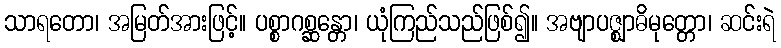
သာရတော၊ အမြတ်အားဖြင့်။ ပစ္စာဂစ္ဆန္တော၊ ယုံကြည်သည်ဖြစ်၍။ အဗျာပဇ္ဈာဓိမုတ္တော၊ ဆင်းရဲ